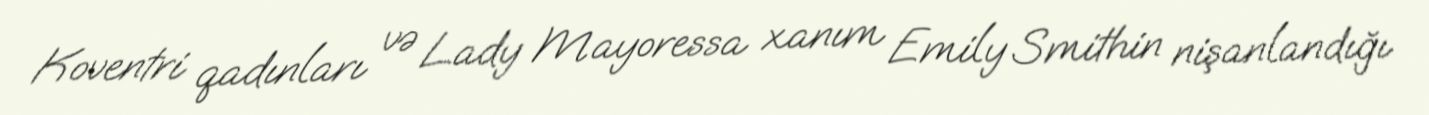
Koventri qadınları və Lady Mayoressa xanım Emily Smithin nişanlandığı